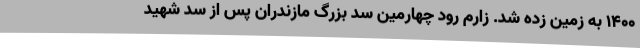
۱۴۰۰ به زمین زده شد. زارم رود چهارمین سد بزرگ مازندران پس از سد شهید